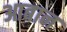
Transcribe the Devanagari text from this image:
आबान